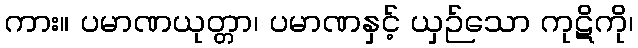
ကား။ ပမာဏယုတ္တာ၊ ပမာဏနှင့် ယှဉ်သော ကုဋိကို၊